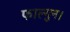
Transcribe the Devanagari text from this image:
फाल्गुन।